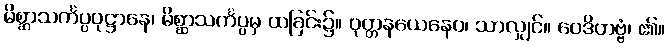
မိစ္ဆာသင်္ကပ္ပဝုဋ္ဌာနေ၊ မိစ္ဆာသင်္ကပ္ပမှ ထခြင်း၌။ ဝုတ္တနယေနေဝ၊ သာလျှင်။ ဝေဒိတဗ္ဗံ၊ ၏။